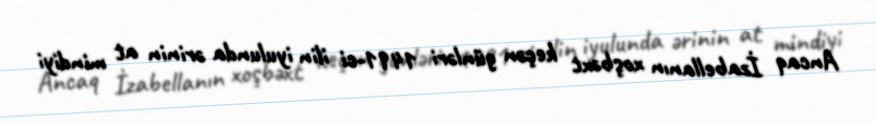
Ancaq İzabellanın xoşbəxt keçən günləri 1491-ci ilin iyulunda ərinin at mindiyi